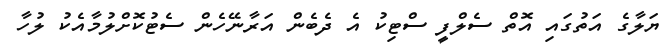
ޔަލާގެ އަތުގައި އޮތް ސެލްފީ ސްޓިކު އެ ދެބެން އަރާނޭހެން ސެޓުކޮށްލުމާއެކު ލުހާ